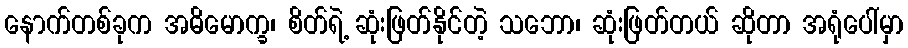
နောက်တစ်ခုက အဓိမောက္ခ၊ စိတ်ရဲ့ ဆုံးဖြတ်နိုင်တဲ့ သဘော၊ ဆုံးဖြတ်တယ် ဆိုတာ အရုံပေါ်မှာ